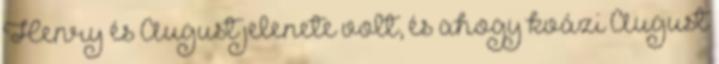
Henry és August jelenete volt, és ahogy kvázi August